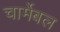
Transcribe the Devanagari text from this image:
चार्मेबल